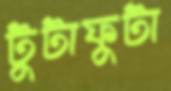
টুটাফুটা